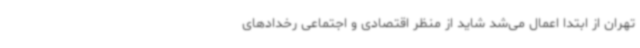
تهران از ابتدا اعمال می‌شد شاید از منظر اقتصادی و اجتماعی رخدادهای